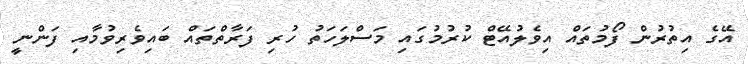
އޭގެ އިތުރުން ފޯމުތައް އިވެލުއޭޓް ކުރުމުގައި މަސްލަހަތު ހުރި ފަރާތްތައް ބައިވެރިވުމާއި ފަންނީ